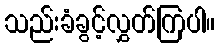
သည်းခံခွင့်လွှတ်ကြပါ။